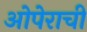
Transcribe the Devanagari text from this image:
ओपेराची